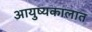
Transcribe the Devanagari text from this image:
आयुष्यकालात